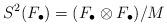
LaTeX: \begin{align*}S^2(F_{\bullet})=(F_{\bullet} \otimes F_{\bullet})/M\end{align*}